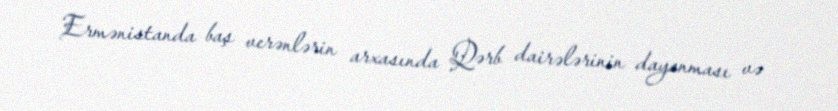
Ermənistanda baş verənlərin arxasında Qərb dairələrinin dayanması və